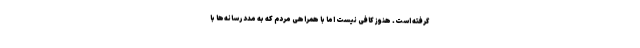
گرفته است. هنوز کافی نیست اما با همراهی مردم که به مدد رسانه‌ها با